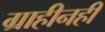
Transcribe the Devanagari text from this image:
ग्राहीनहीं